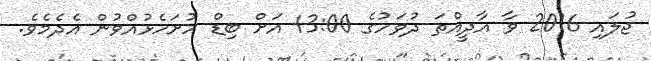
ޖުލައި 2016 ވާ އާދީއްތަ ދުވަހުގެ 13:00 އަށް ބިޑް ހުށަހެޅުއްވުން އެދެމެވެ.